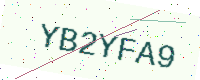
Text: YB2YFA9